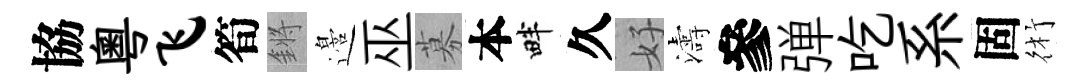
協粵飞筍鏘邉巫募本畔久好濤參弹吃系固術